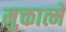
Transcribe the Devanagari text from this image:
मुक्तात्मे